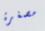
مصغرة